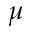
\mu